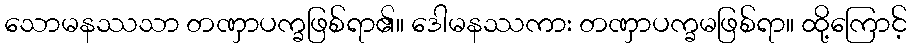
သောမနဿသာ တဏှာပက္ခဖြစ်ရာ၏။ ဒေါမနဿကား တဏှာပက္ခမဖြစ်ရာ။ ထို့ကြောင့်